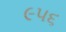
૯૫૬